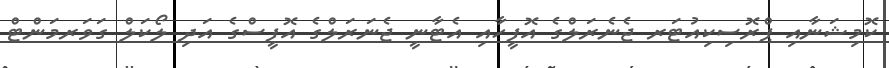
ކޮމިޝަނާއި ޕްރޮސިކިއުޓަރ ޖެނެރަލްގެ އޮފީހާއި އެޓާނީ ޖެނަރަލްގެ އޮފީސްގެ އަދި ލޯކަލް ގަވަރމަންޓް